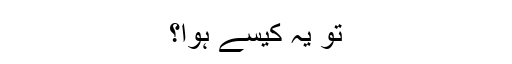
تو یہ کیسے ہوا؟